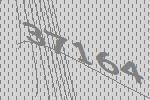
37164